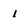
Character: 1